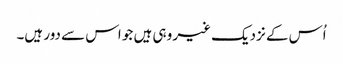
اُس کے نزدیک غیر وہی ہیں جو اس سے دور ہیں۔